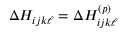
\Delta H _ { i j k \ell } = \Delta H _ { i j k \ell } ^ { ( p ) }